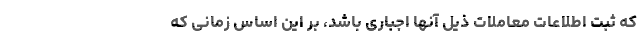
که ثبت اطلاعات معاملات ذیل آنها اجباری باشد، بر این اساس زمانی که